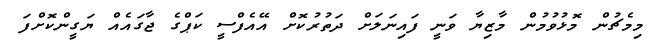
މިމެޗުން މޮޅުވުމުން މާޒިޔާ ވަނީ ފައިނަލަށް ދަތުރުކޮށް އޭއެފްސީ ކަޕްގެ ޖާގައެއް ޔަގީންކޮށްފަ